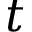
t